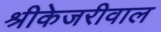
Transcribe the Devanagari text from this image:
श्रीकेजरीवाल